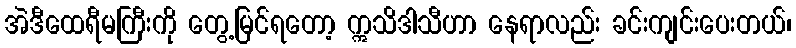
အဲဒီထေရီမကြီးကို တွေ့မြင်ရတော့ ဣသိဒါသီဟာ နေရာလည်း ခင်းကျင်းပေးတယ်၊